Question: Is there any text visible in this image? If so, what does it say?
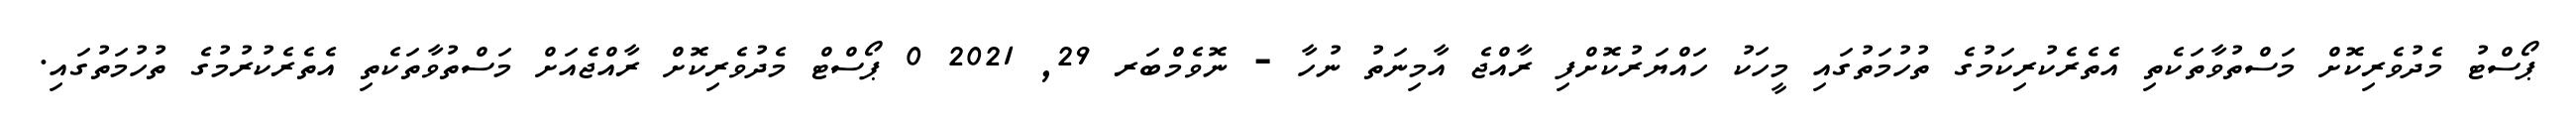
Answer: ޕޯސްޓު މެދުވެރިކޮށް މަސްތުވާތަކެތި އެތެރެކުރިކަމުގެ ތުހުމަތުގައި މީހަކު ހައްޔަރުކޮށްފި ރާއްޖެ އާމިނަތު ނުހާ - ނޮވެމްބަރ 29, 2021 0 ޕޯސްޓް މެދުވެރިކޮށް ރާއްޖެއަށް މަސްތުވާތަކެތި އެތެރެކުރުމުގެ ތުހުމަތުގައި.